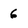
Character: 6